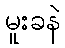
မူးခနဲ